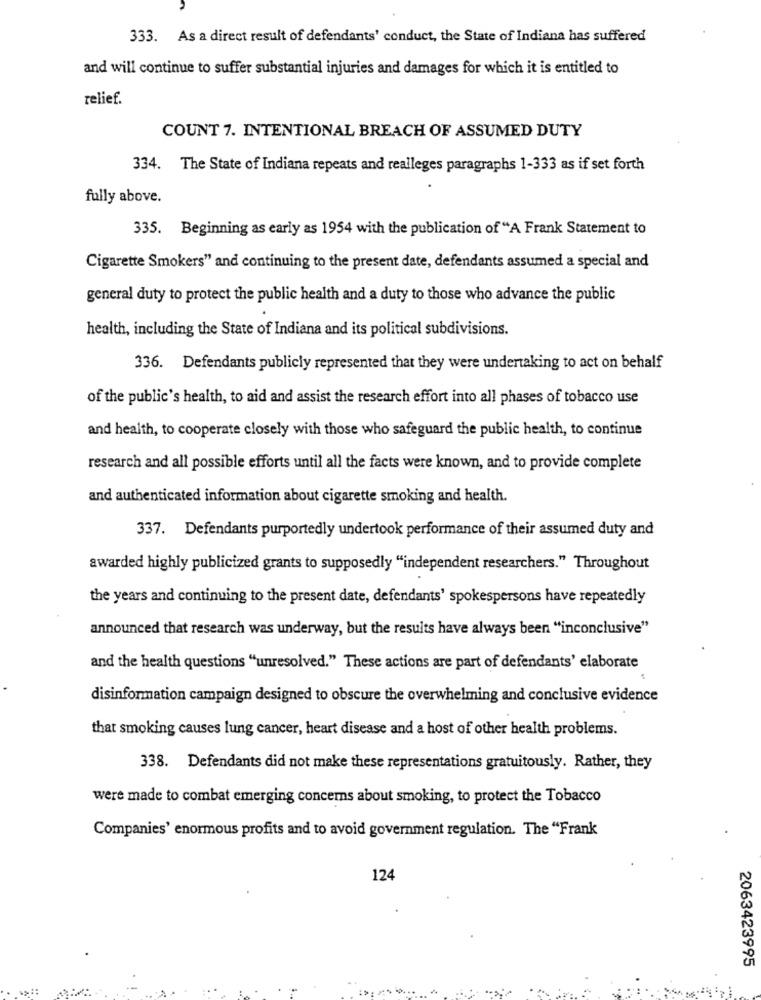
333. As a direct result of defendants' conduct, the State of Indiana has suffered
and will continue to suffer substantial injuries and damages for which it is entitled to
relief.
COUNT 7. INTENTIONAL BREACH OF ASSUMED DUTY
334. The State of Indiana repeats and realleges paragraphs 1-333 as if set forth
fully above.
335. Beginning as early as 1954 with the publication of "A Frank Statement to
Cigarette Smokers" and continuing to the present date, defendants assumed a special and
general duty to protect the public health and a duty to those who advance the public
health, including the State of Indiana and its political subdivisions.
336. Defendants publicly represented that they were undertaking to act on behalf
of the public's health, to aid and assist the research effort into all phases of tobacco use
and health, to cooperate closely with those who safeguard the public health, to continue
research and all possible efforts until all the facts were known, and to provide complete
and authenticated information about cigarette smoking and health.
337. Defendants purportedly undertook performance of their assumed duty and
awarded highly publicized grants to supposedly "independent researchers." Throughout
the years and continuing to the present date, defendants' spokespersons have repeatedly
announced that research was underway, but the results have always been "inconclusive"
and the health questions "unresolved." These actions are part of defendants' elaborate
disinformation campaign designed to obscure the overwhelming and conclusive evidence
that smoking causes lung cancer, heart disease and a host of other health problems.
338. Defendants did not make these representations gratuitously. Rather, they
were made to combat emerging concerns about smoking, to protect the Tobacco
Companies' enormous profits and to avoid government regulation. The "Frank
124
2063423995
- -